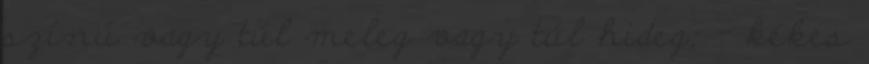
színű vagy túl meleg vagy túl hideg; - kékes